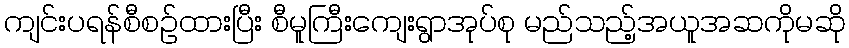
ကျင်းပရန်စီစဉ်ထားပြီး စီမူကြီးကျေးရွာအုပ်စု မည်သည့်အယူအဆကိုမဆို